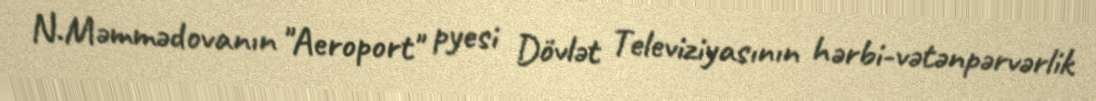
N.Məmmədovanın "Aeroport" pyesi Dövlət Televiziyasının hərbi-vətənpərvərlik